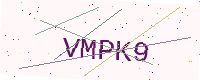
Text: VMPK9